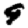
Digit: 9